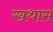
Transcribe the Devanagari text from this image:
खथास